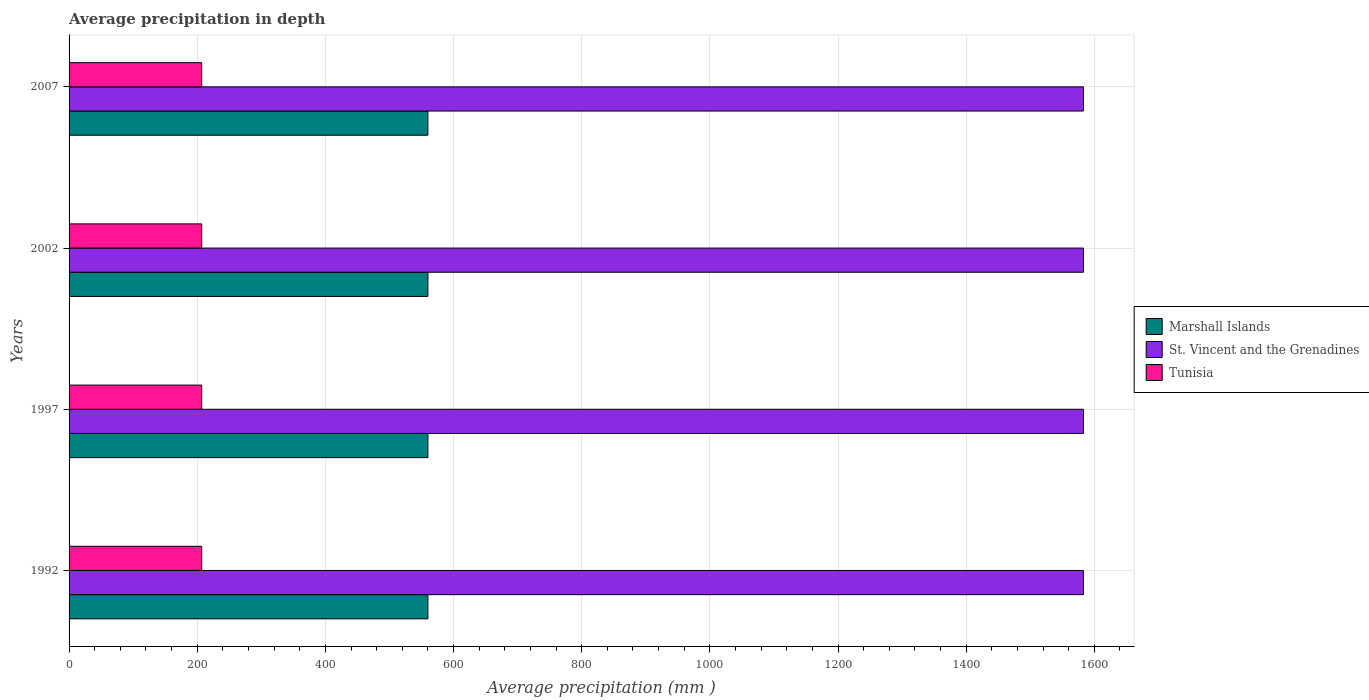
| Years | Marshall Islands | St. Vincent and the Grenadines | Tunisia |
 | --- | --- | --- | --- |
 | 1992 | 560 | 1.58e+03 | 207 |
 | 1997 | 560 | 1.58e+03 | 207 |
 | 2002 | 560 | 1.58e+03 | 207 |
 | 2007 | 560 | 1.58e+03 | 207 |